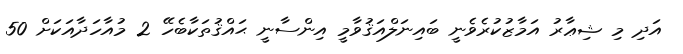
އަދި މި ޝިޢާރު އަމާޒުކުރެވެނީ ބައިނަލްއަޤުވާމީ އިންސާނީ ޙައްޤުތަކާބެހޭ 2 މުއާހަދާއަކަށް 50